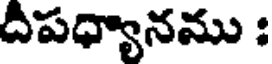
దిపధ్యానము :